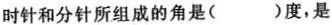
时针和分针所组成的角是()度，是